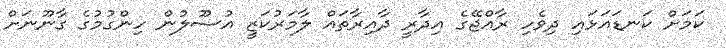
ކަމަށް ކަނޑައަޅައި ދިވެހި ރާއްޖޭގެ އިދާރީ ދާއިރާތައް ލާމަރުކަޒީ އުސޫލުން ހިންގުމުގެ ގާނޫނަށް